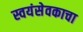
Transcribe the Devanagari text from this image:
स्वयंसेवकाचा